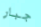
جبار